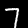
Label: 7